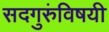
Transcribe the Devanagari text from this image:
सदगुरुंविषयी